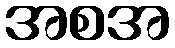
အစအ